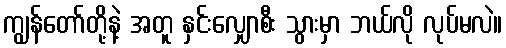
ကျွန်တော်တို့နဲ့ အတူ နှင်းလျှောစီး သွားမှာ ဘယ်လို လုပ်မလဲ။